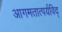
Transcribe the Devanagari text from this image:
आगमतात्पर्यविद्